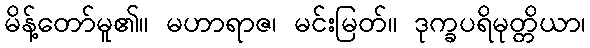
မိန့်တော်မူ၏။ မဟာရာဇ၊ မင်းမြတ်။ ဒုက္ခပရိမုတ္တိယာ၊